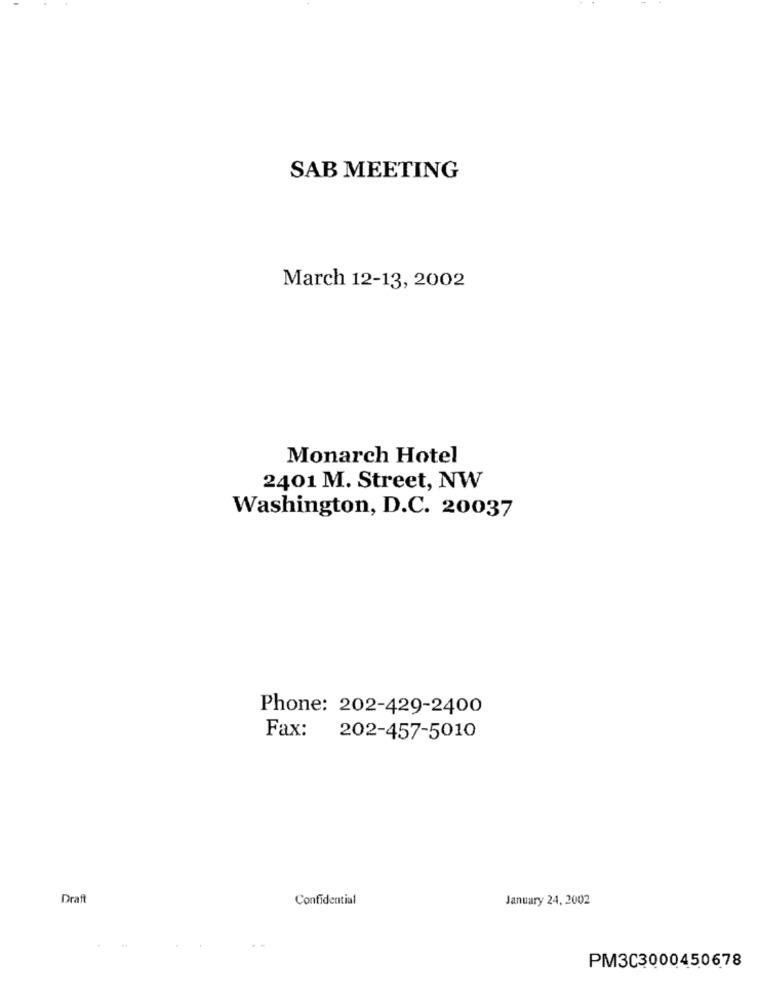
SAB MEETING
March 12-13, 2002
Monarch Hotel
2401 M. Street, NW
Washington, D.C. 20037
Phone: 202-429-2400
Fax: 202-457-5010
Draft
Confidential
January 24, 2002
PM3C3000450678